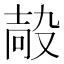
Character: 𡔮